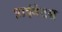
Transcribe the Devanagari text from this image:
प्राईवेटस